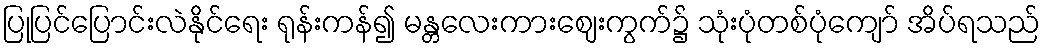
ပြုပြင်ပြောင်းလဲနိုင်ရေး ရုန်းကန်၍ မန္တလေးကားဈေးကွက်၌ သုံးပုံတစ်ပုံကျော် အိပ်ရသည်